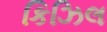
કિઝિલ